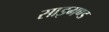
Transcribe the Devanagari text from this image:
साइमण्ड